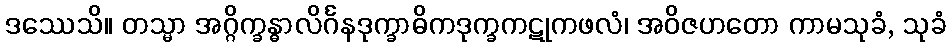
ဒဿေသိ။ တသ္မာ အဂ္ဂိက္ခန္ဓာလိင်္ဂနဒုက္ခာဓိကဒုက္ခကဋုကဖလံ၊ အဝိဇဟတော ကာမသုခံ, သုခံ